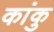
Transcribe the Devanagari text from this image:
कांकु